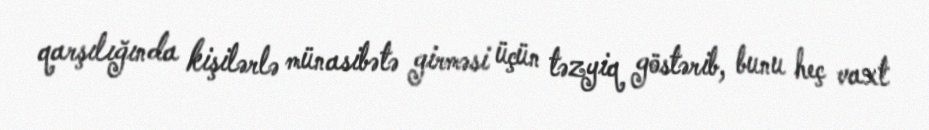
qarşılığında kişilərlə münasibətə girməsi üçün təzyiq göstərib, bunu heç vaxt